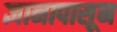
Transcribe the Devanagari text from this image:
ज्ञानापासून